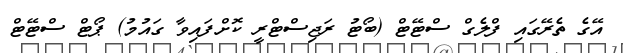
އޭގެ ތެރޭގައި ފްލެގް ސްޓޭޓް (ބޯޓު ރަޖިސްޓްރީ ކޮށްފައިވާ ގައުމު) ޕޯޓް ސްޓޭޓް